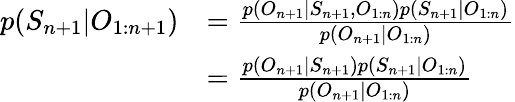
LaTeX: \begin{array}{rl}{p(S_{n+1}|O_{1:n+1})}&{=\frac{p(O_{n+1}|S_{n+1},O_{1:n})p(S_{n+1}|O_{1:n})}{p(O_{n+1}|O_{1:n})}}\\ &{=\frac{p(O_{n+1}|S_{n+1})p(S_{n+1}|O_{1:n})}{p(O_{n+1}|O_{1:n})}}\end{array}